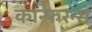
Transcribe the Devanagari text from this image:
कान्फरन्स